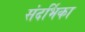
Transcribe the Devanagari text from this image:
संदर्भिका